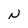
Character: N